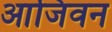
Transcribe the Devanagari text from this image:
आजिवन